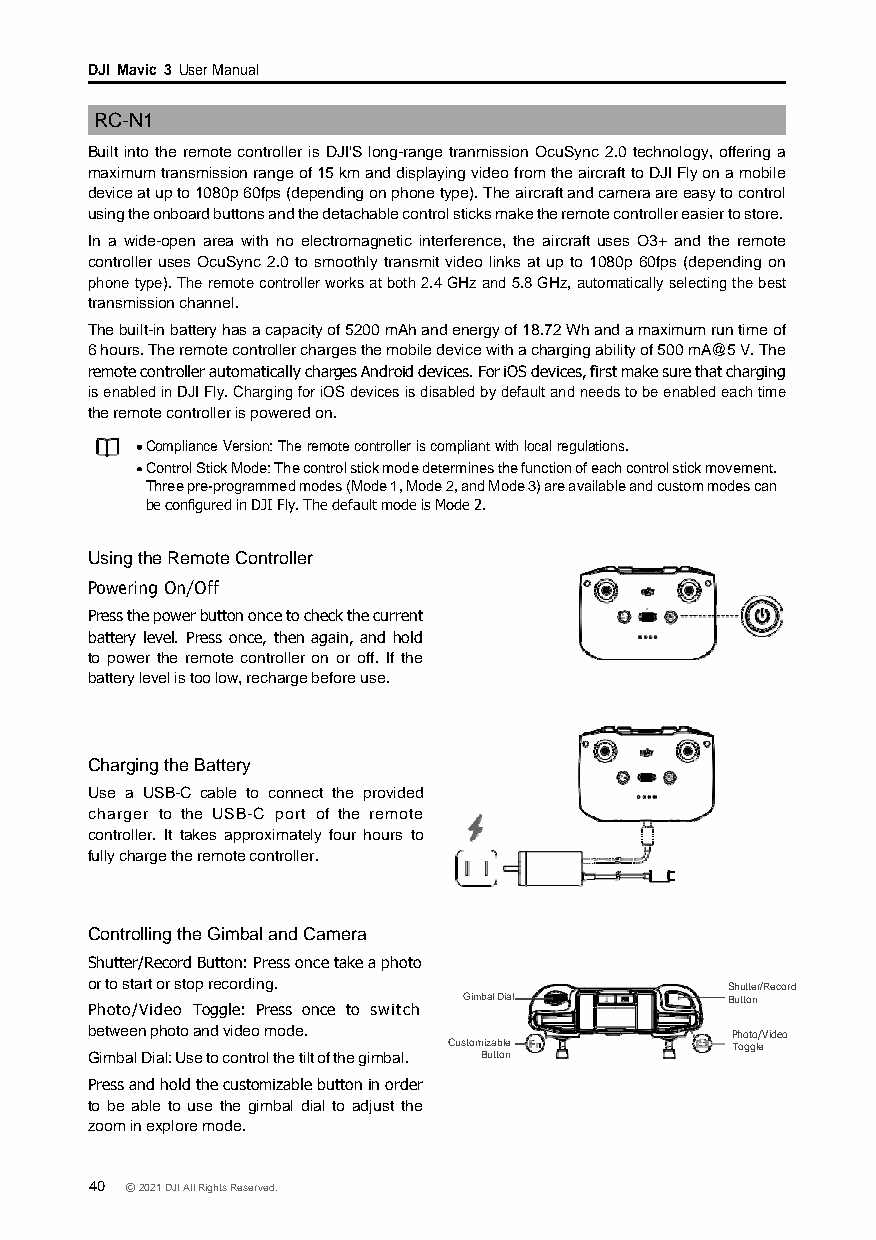
DJI Mavic 3 User Manual
 RC-N1
 Built into the remote controller is DJI'S long-range tranmission OcuSync 2.0 technology, offering a
 maximum transmission range of 15 km and displaying video from the aircraft to DJI Fly on a mobile
 device at up to 1080p 60fps (depending on phone type). The aircraft and camera are easy to control
 using the onboard buttons and the detachable control sticks make the remote controller easier to store.
 In a wide-open area with no electromagnetic interference, the aircraft uses O3+ and the remote
 controller uses OcuSync 2.0 to smoothly transmit video links at up to 1080p 60fps (depending on
 phone type). The remote controller works at both 2.4 GHz and 5.8 GHz, automatically selecting the best
 transmission channel.
 The built-in battery has a capacity of 5200 mAh and energy of 18.72 Wh and a maximum run time of
 6 hours. The remote controller charges the mobile device with a charging ability of 500 mA@5 V. The
 remote controller automatically charges Android devices. For iOS devices, first make sure that charging
 is enabled in DJI Fly. Charging for iOS devices is disabled by default and needs to be enabled each time
 the remote controller is powered on.
 Compliance Version: The remote controller is compliant with local regulations.
 Control Stick Mode: The control stick mode determines the function of each control stick movement.
 Three pre-programmed modes (Mode 1, Mode 2, and Mode 3) are available and custom modes can
 be configured in DJI Fly. The default mode is Mode 2.
 Using the Remote Controller
 Powering On/Off
 Press the power button once to check the current
 battery level. Press once, then again, and hold
 to power the remote controller on or off. If the
 battery level is too low, recharge before use.
 Charging the Battery
 Use a USB-C cable to connect the provided
 charger to the USB-C port of the remote
 controller. It takes approximately four hours to
 fully charge the remote controller.
 Controlling the Gimbal and Camera
 Shutter/Record Button: Press once take a photo
 or to start or stop recording.            Shutter/Record
 Gimbal Dial      Button
 Photo/Video Toggle: Press once to switch
 between photo and video mode.             Photo/Video
 Customizable      Toggle
 Gimbal Dial: Use to control the tilt of the gimbal. Button
 Press and hold the customizable button in order
 to be able to use the gimbal dial to adjust the
 zoom in explore mode.
 40 © 2021 DJI All Rights Reserved.